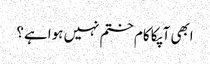
ابھی آپکا کام ختم نہیں ہوا ہے؟